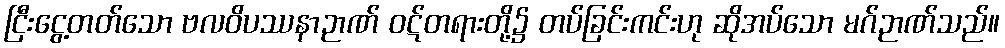
ငြီးငွေ့တတ်သော ဗလဝိပဿနာဉာဏ် ဝဋ်တရားတို့၌ တပ်ခြင်းကင်းဟု ဆိုအပ်သော မဂ်ဉာဏ်သည်။